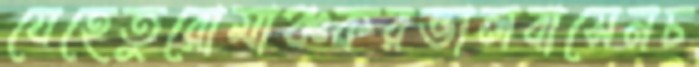
যেহেতুরোমাঞ্চকরভালবাসেনচ